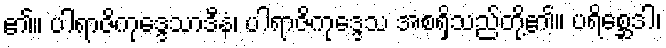
၏။ ပါရာဇိကုဒ္ဒေသာဒီနံ၊ ပါရာဇိကုဒ္ဒေသ အစရှိသည်တို့၏။ ပရိစ္ဆေဒါ၊